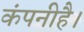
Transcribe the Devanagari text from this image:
कंपनीहै।